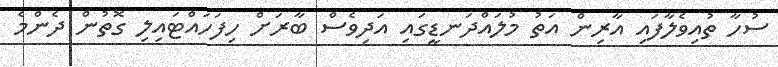
ސުހާ ތުއިވެލާފައި އާރިން އަތު މުލައްދަނޑީގައި އަދިވެސް ބާރަށް ހިފަހައްޓައިލި ގޮތުން ދެންމެ